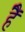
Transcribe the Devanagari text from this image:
हैें